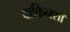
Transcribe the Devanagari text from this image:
वाकिनशॉ